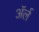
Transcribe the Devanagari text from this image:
अॅर्ल